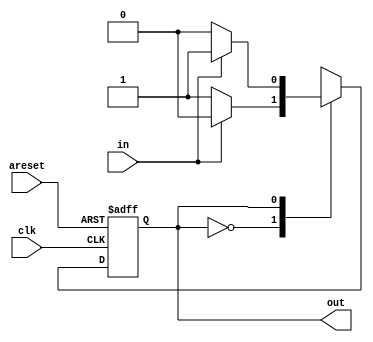
// This program was cloned from: https://github.com/Yvan-xy/verilog-doc
// License: GNU General Public License v2.0

module top_module(
    input clk,
    input areset,    // Asynchronous reset to state B
    input in,
    output out);//  

    parameter A=0, B=1; 
    reg state, next_state;

    always @(*) begin    // This is a combinational always block
        // State transition logic
        case (state)
            A: next_state <= in?A:B;
            B: next_state <= in?B:A;
        endcase
    end

    always @(posedge clk, posedge areset) begin    // This is a sequential always block
        // State flip-flops with asynchronous reset
        if(areset) begin
            state <= B;
        end
        else begin
            state <= next_state;
        end
    end

    // Output logic
    // assign out = (state == ...);
   	assign out = (state==B);


    // always @(*) begin
        // case (state)
            // A: out <= 0;
            // B: out <= 1;
        // endcase
    // end

endmodule